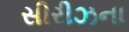
સીરીઝના